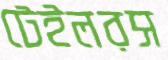
টেইলরস